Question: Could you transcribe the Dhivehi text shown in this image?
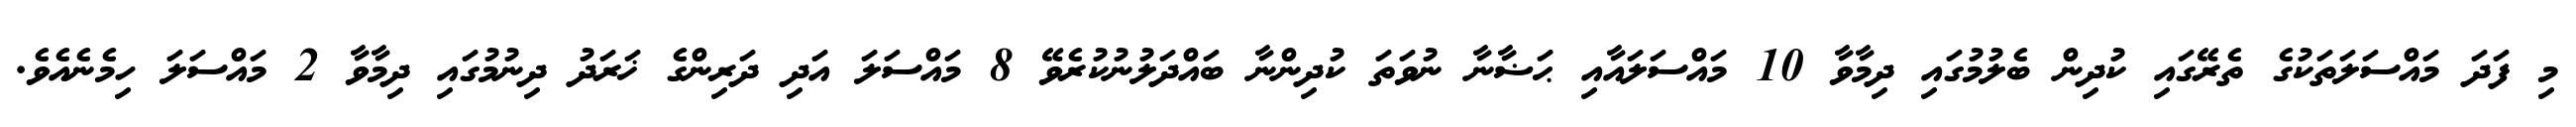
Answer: މި ފަދަ މައްސަލަތަކުގެ ތެރޭގައި ކުދިން ބެލުމުގައި ދިމާވާ 10 މައްސަލައާއި ޙަޟާނާ ނުވަތަ ކުދިންނާ ބައްދަލުނުކުރެވޭ 8 މައްސަލަ އަދި ދަރިންގެ ޚަރަދު ދިނުމުގައި ދިމާވާ 2 މައްސަލަ ހިމެނެއެވެ.